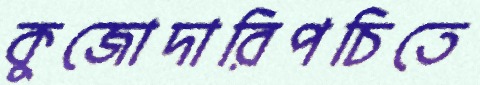
কুজোদারিপচিতে